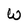
Character: W